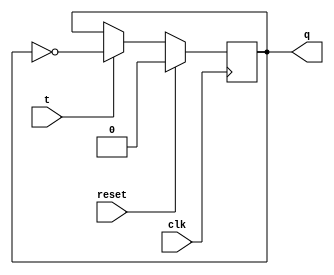
`timescale 1ns / 1ps
//////////////////////////////////////////////////////////////////////////////////
// Company: 
// Engineer: 
// 
// Design Name: 
// Module Name:    T_Flipflop 
// Project Name: 
// Target Devices: 
// Tool versions: 
// Description: 
//
// Dependencies: 
//
// Revision: 
// Revision 0.01 - File Created
// Additional Comments: 
//
//////////////////////////////////////////////////////////////////////////////////
module T_Flipflop(
    input clk,
	 input reset,
    input t,
    output q
    );

	reg q_reg ;
	assign q = q_reg ;


	always @(posedge clk) begin
		if (reset) q_reg <= 0 ;
		else if(t) q_reg <=  ~q_reg ;
	end

endmodule